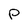
Character: P